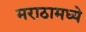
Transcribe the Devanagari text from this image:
मराठामध्ये